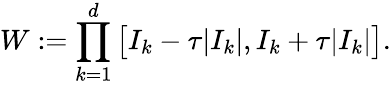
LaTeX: W:=\prod_{k=1}^{d}\big[I_{k}-\tau|I_{k}|,I_{k}+\tau|I_{k}|\big].